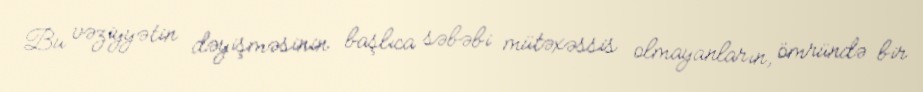
Bu vəziyyətin dəyişməsinin başlıca səbəbi mütəxəssis olmayanların, ömründə bir